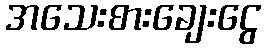
အသေးစားချေးငွေ